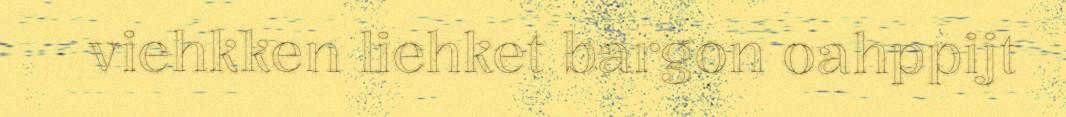
viehkken liehket bargon oahppijt